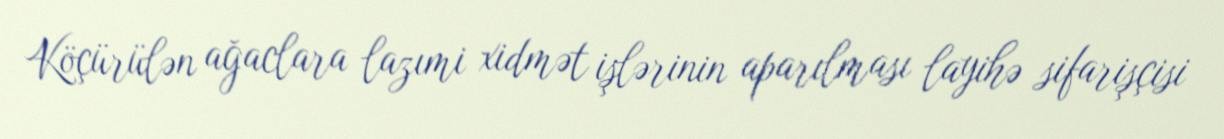
Köçürülən ağaclara lazımi xidmət işlərinin aparılması layihə sifarişçisi